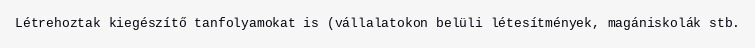
Létrehoztak kiegészítő tanfolyamokat is (vállalatokon belüli létesítmények, magániskolák stb.